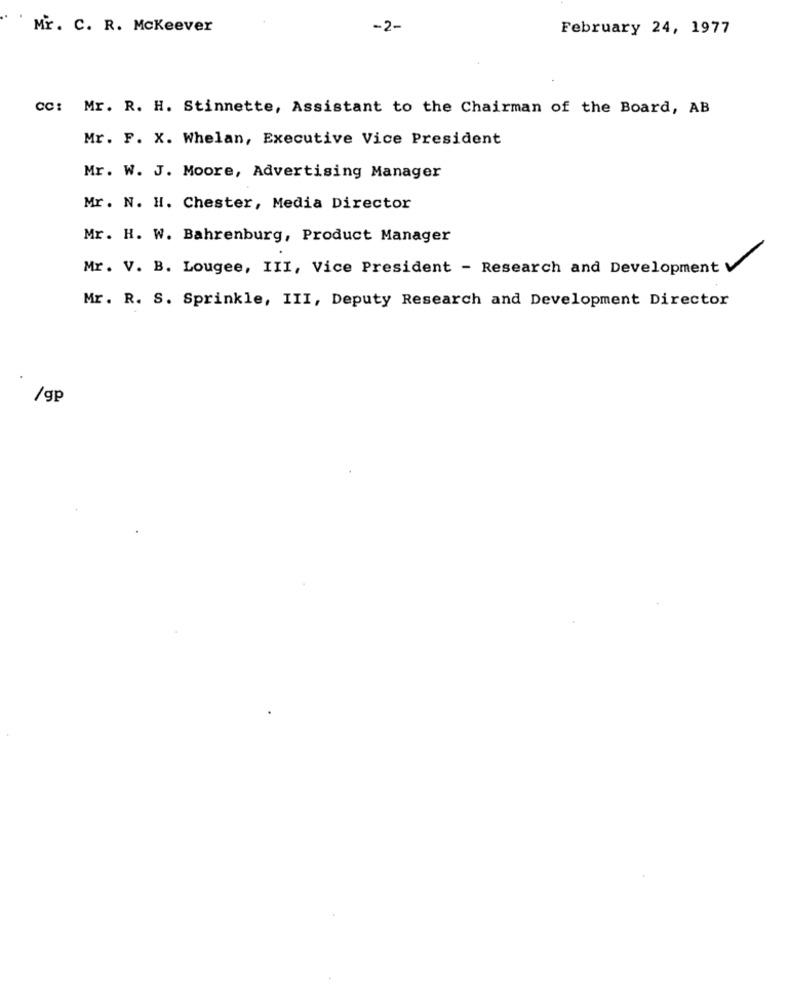
Mr. C. R. Mckeever
-2-
February 24, 1977
cc: Mr. R. H. Stinnette, Assistant to the Chairman of the Board, AB
Mr. F. X. Whelan, Executive Vice President
Mr. W. J. Moore, Advertising Manager
Mr. N. H. Chester, Media Director
Mr. H. W. Bahrenburg, Product Manager
Mr. V. B. Lougee, III, Vice President - Research and Development
Mr. R. S. Sprinkle, III, Deputy Research and Development Director
/gp